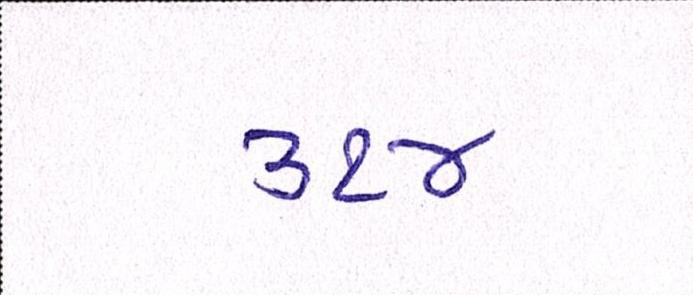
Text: ૩૧૪